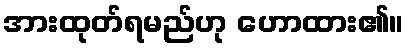
အားထုတ်ရမည်ဟု ဟောထား၏။